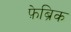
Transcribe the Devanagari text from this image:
फ़ेब्रिक